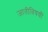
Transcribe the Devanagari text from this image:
जातीविषयीं